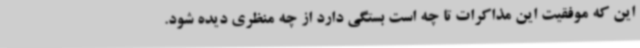
این که موفقیت این مذاکرات تا چه است بستگی دارد از چه منظری دیده شود.